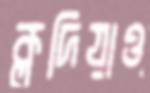
ক্লদিয়াও